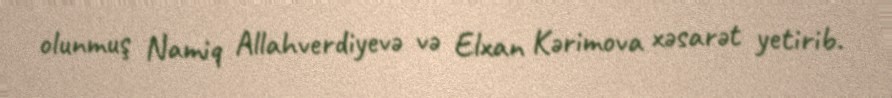
olunmuş Namiq Allahverdiyevə və Elxan Kərimova xəsarət yetirib.